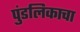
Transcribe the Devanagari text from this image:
पुंडलिकाचा